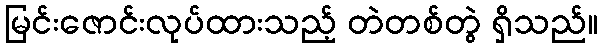
မြင်းဇောင်းလုပ်ထားသည့် တဲတစ်တွဲ ရှိသည်။